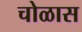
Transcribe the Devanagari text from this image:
चोळास